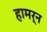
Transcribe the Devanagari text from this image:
हामर्न